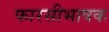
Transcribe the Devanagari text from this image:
फारसीभाषक